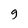
Character: 9